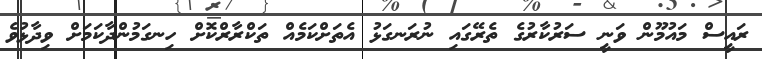
ރައީސް މައުމޫން ވަނީ ސަރުކާރުގެ ތެރޭގައި ނުރަނގަޅު އެތަށްކަމެއް ތަކްރާރްކޮށް ހިނގަމުންދާކަަމަށް ވިދާޅުވެ